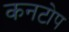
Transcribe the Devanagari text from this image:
कनटोप